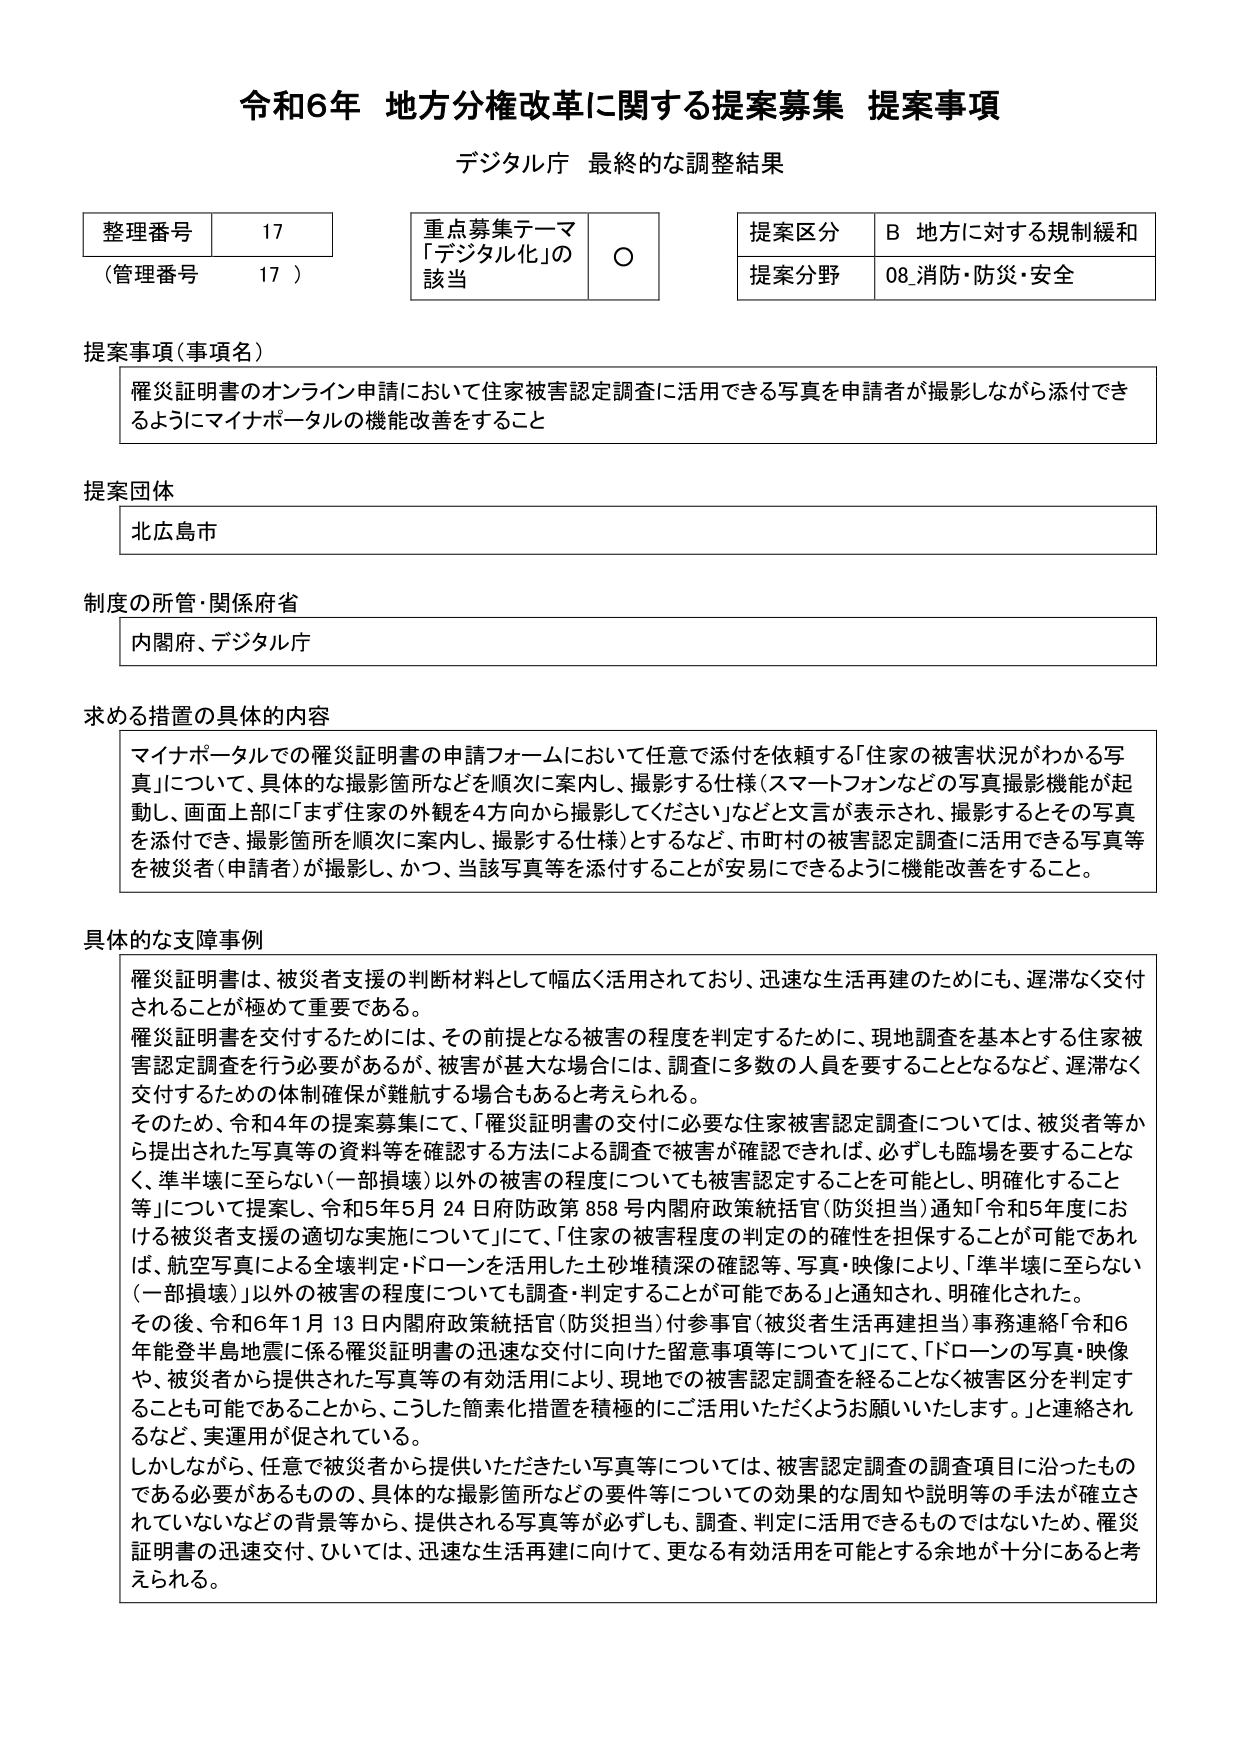
令和6年 地方分権改革に関する提案募集 提案事項
デジタル庁 最終的な調整結果

整理番号 17
（管理番号 17）

重点募集テーマ
「デジタル化」の該当 ○

提案区分 B 地方に対する規制緩和
提案分野 08 消防・防災・安全

提案事項（事項名）
罹災証明書のオンライン申請において住家被害認定調査に活用できる写真を申請者が撮影しながら添付できるようにマイナポータルの機能改善をすること

提案団体
北広島市

制度の所管・関係府省
内閣府、デジタル庁

求める措置の具体的内容
マイナポータルでの罹災証明書の申請フォームにおいて任意で添付を依頼する「住家の被害状況がわかる写真」について、具体的な撮影箇所などを順次に案内し、撮影する仕様（スマートフォンなどの写真撮影機能が起動し、画面上部に「まず住家の外観を4方向から撮影してください」などと文言が表示され、撮影するとその写真を添付でき、撮影箇所を順次に案内し、撮影する仕様）とするなど、市町村の被害認定調査に活用できる写真等を被災者（申請者）が撮影し、かつ、当該写真等を添付することが安易にできるように機能改善をすること。

具体的な支障事例
罹災証明書は、被災者支援の判断材料として幅広く活用されており、迅速な生活再建のためにも、遅滞なく交付されることが極めて重要である。
罹災証明書を交付するためには、その前提となる被害の程度を判定するために、現地調査を基本とする住家被害認定調査を行う必要があるが、被害が甚大な場合には、調査に多数の人員を要することとなるなど、遅滞なく交付するための体制確保が難航する場合もあると考えられる。
そのため、令和4年の提案募集にて、「罹災証明書の交付に必要な住家被害認定調査については、被災者等から提出された写真等の資料等を確認する方法による調査で被害が確認できれば、必ずしも臨場を要することなく、準半壊に至らない（一部損壊）以外の被害の程度についても被害認定することが可能とし、明確化すること等」について提案し、令和5年5月24日府防政第858号内閣府政策統括官（防災担当）通知「令和5年度における被災者支援の適切な実施について」にて、「住家の被害程度の判定の的確性を担保することが可能であれば、航空写真による全壊判定・ドローンを活用した土砂堆積深の確認等、写真・映像により、「準半壊に至らない（一部損壊）」以外の被害の程度についても調査・判定することが可能である」と通知され、明確化された。
その後、令和6年1月13日内閣府政策統括官（防災担当）付参事官（被災者生活再建担当）事務連絡「令和6年能登半島地震に係る罹災証明書の迅速な交付に向けた留意事項等について」にて、「ドローンの写真・映像や、被災者から提供された写真等の有効活用により、現地での被害認定調査を経ることなく被害区分を判定することも可能であることから、こうした簡素化措置を積極的にご活用いただくようお願いいたします。」と連絡されるなど、実運用が促されている。
しかしながら、任意で被災者から提供いただきたいた写真等については、被害認定調査の調査項目に沿ったものである必要があるものの、具体的な撮影箇所などの要件等についての効果的な周知や説明等の手法が確立されていないなどの背景等から、提供される写真等が必ずしも、調査、判定に活用できるものではないため、罹災証明書の迅速交付、ひいては、迅速な生活再建に向けて、更なる有効活用を可能とする余地が十分にあると考えられる。